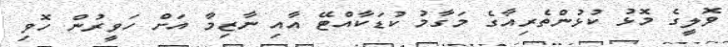
ވޮލީގެ މޮޅު ކުޅުންތެރިއާގެ މަގާމު ކުޑަކާއްޓޭ އާއި ނާޒިމާ އަށް ހަވީރުން ހޮވި